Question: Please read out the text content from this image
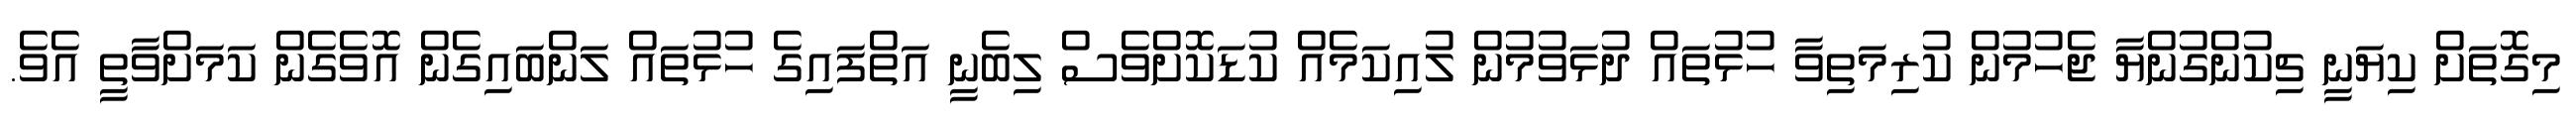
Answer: މިގޮތަށް ކިޔަނީ ޗިކުންގުންޔާ ޖެހުމުން ކުރިމަތިވާ ހުޅުތައް ދުޅަވުމުން ލުއިކަމެއް ކުޑަކޮށްވެސް ލިބެނީ އަތްފައިގެ ހުޅުތައް ލަންބައިގެން އޮވެގެން ކަމަށްވާތީ އެވެ.